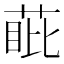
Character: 𮏰